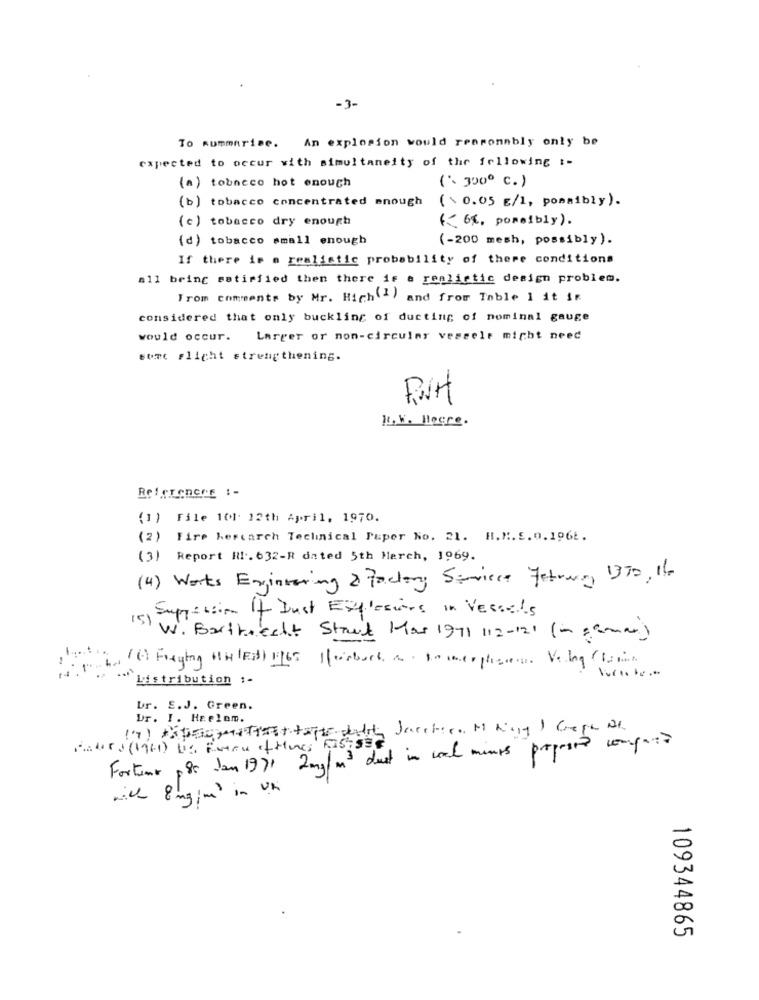
-3-
To summarize. An explosion would reasonably only be
expected to occur with simultaneity of the following :-
(a) tobnece hot enough
( 300º c.)
(b) tobacco concentrated enough
( \ 0.05 /1, pommibly).
(c) tobacco dry enough
<< 66, possibly).
(d) tobacco small enough
(-200 mesh, possibly ).
If there is a realistic probability of there conditions
all being satisfied then there is a realistic design problem.
From comments by Mr. High(- ) and from Table 1 it S.
considered that only buckling of ducting of nominal gauge
would occur.
Larger or non-circular vessels might need
sort Flight strengthening.
RUH
R. W. Hocre.
(1) File 101. 12th April, 1970.
(2) Fire hercarch Technical Paper No. 21. H.H. 5.0.1962.
(3) Report Hl. 632-R dated 5th March, 1969.
(4) Worts Exinventing & Factory Seriece Fetreng, 1370, 16-
15) Suppression of Just Explosions in Vessels
W. Barthrecht Street Mas 1971 112-121 ( ~ gama)
`Listribution :-
br. E.J. Green.
Ur. I. Heelem.
1.7) Aiprogettistape diddy Jacction M May 1 Crepe 21.
Paters (1961) Ds Free ofHues FISTS
Fortune 885 Jan 1971 2mg/ m3 dust in cal minus proposed compo ??
nice 8mg/m3 in Un
109344865